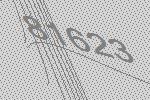
81623